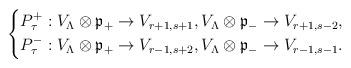
LaTeX: \begin{align*}\left\{\begin{aligned}&P_\tau^+: V_\Lambda\otimes \frak{p}_+\to V_{r+1,s+1},V_\Lambda\otimes \frak{p}_-\to V_{r+1,s-2},\\&P_\tau^-: V_\Lambda\otimes \frak{p}_+\to V_{r-1,s+2},V_\Lambda\otimes \frak{p}_-\to V_{r-1,s-1}.\end{aligned}\right.\end{align*}